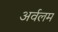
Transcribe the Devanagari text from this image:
अर्वलम